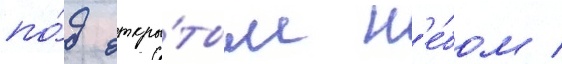
по́д откры́тым н'е́бом /